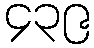
၄၃၉